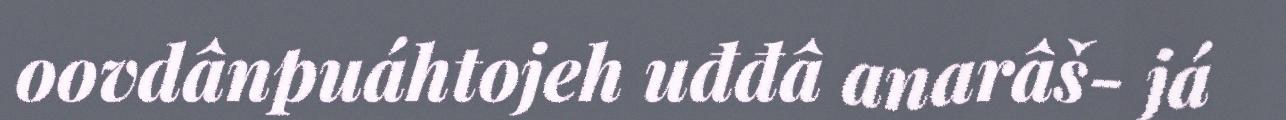
oovdânpuáhtojeh uđđâ anarâš- já